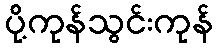
ပို့ကုန်သွင်းကုန်